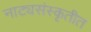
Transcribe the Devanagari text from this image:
नाट्यसंस्कृतीत